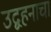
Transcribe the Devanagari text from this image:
उद्वहनाचा